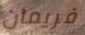
فريمان